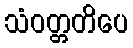
သံဝတ္တတိပေ